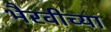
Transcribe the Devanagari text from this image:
भैरवीच्या